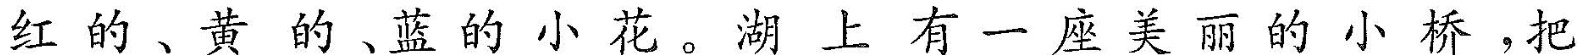
红的、黄的、蓝的小花。湖上有一座美丽的小桥，把